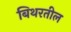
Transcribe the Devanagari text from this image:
बिथरतील